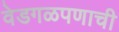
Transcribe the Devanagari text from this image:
वेडगळपणाची